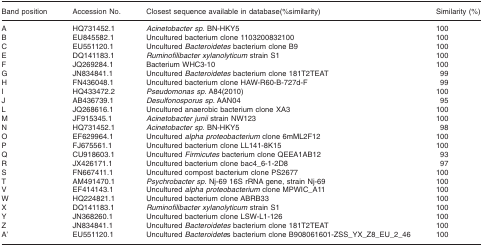
<table><thead><tr><td><b>Band position</b></td><td><b>Accession No.</b></td><td><b>Closest sequence available in database(%similarity)</b></td><td><b>Similarity (%)</b></td></tr></thead><tbody><tr><td>A</td><td>HQ731452.1</td><td><i>Acinetobacter sp</i>. BN-HKY5</td><td>100</td></tr><tr><td>B</td><td>EU845582.1</td><td>Uncultured bacterium clone 1103200832100</td><td>100</td></tr><tr><td>C</td><td>EU551120.1</td><td>Uncultured <i>Bacteroidetes</i> bacterium clone B9</td><td>100</td></tr><tr><td>E</td><td>DQ141183.1</td><td><i>Ruminofilibacter xylanolyticum</i> strain S1</td><td>100</td></tr><tr><td>F</td><td>JQ269284.1</td><td>Bacterium WHC3-10</td><td>100</td></tr><tr><td>G</td><td>JN834841.1</td><td>Uncultured <i>Bacteroidetes</i> bacterium clone 181T2TEAT</td><td>99</td></tr><tr><td>H</td><td>FN436048.1</td><td>Uncultured bacterium clone HAW-R60-B-727d-F</td><td>99</td></tr><tr><td>I</td><td>HQ433472.2</td><td><i>Pseudomonas sp</i>. A84(2010)</td><td>100</td></tr><tr><td>J</td><td>AB436739.1</td><td><i>Desulfonosporus sp</i>. AAN04</td><td>95</td></tr><tr><td>L</td><td>JQ268616.1</td><td>Uncultured anaerobic bacterium clone XA3</td><td>100</td></tr><tr><td>M</td><td>JF915345.1</td><td><i>Acinetobacter junii</i> strain NW123</td><td>100</td></tr><tr><td>N</td><td>HQ731452.1</td><td><i>Acinetobacter sp</i>. BN-HKY5</td><td>98</td></tr><tr><td>O</td><td>EF629964.1</td><td>Uncultured <i>alpha proteobacterium</i> clone 6mML2F12</td><td>100</td></tr><tr><td>P</td><td>FJ675561.1</td><td>Uncultured bacterium clone LL141-8K15</td><td>100</td></tr><tr><td>Q</td><td>CU918603.1</td><td>Uncultured <i>Firmicutes</i> bacterium clone QEEA1AB12</td><td>93</td></tr><tr><td>R</td><td>JX426171.1</td><td>Uncultured bacterium clone bac4_6-1-2D8</td><td>97</td></tr><tr><td>S</td><td>FN667411.1</td><td>Uncultured compost bacterium clone PS2677</td><td>100</td></tr><tr><td>T</td><td>AM491470.1</td><td><i>Psychrobacter sp</i>. Nj-69 16S rRNA gene, strain Nj-69</td><td>100</td></tr><tr><td>V</td><td>EF414143.1</td><td>Uncultured <i>alpha proteobacterium</i> clone MPWIC_A11</td><td>100</td></tr><tr><td>W</td><td>HQ224821.1</td><td>Uncultured bacterium clone ABRB33</td><td>100</td></tr><tr><td>X</td><td>DQ141183.1</td><td><i>Ruminofilibacter xylanolyticum</i> strain S1</td><td>100</td></tr><tr><td>Y</td><td>JN368260.1</td><td>Uncultured bacterium clone LSW-L1-126</td><td>100</td></tr><tr><td>Z</td><td>JN834841.1</td><td>Uncultured <i>Bacteroidetes</i> bacterium clone 181T2TEAT</td><td>100</td></tr><tr><td>A’</td><td>EU551120.1</td><td>Uncultured <i>Bacteroidete</i>s bacterium clone B908061601-ZSS_YX_Z8_EU_2_46</td><td>100</td></tr></tbody></table>